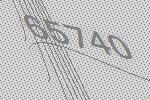
65740